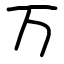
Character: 万